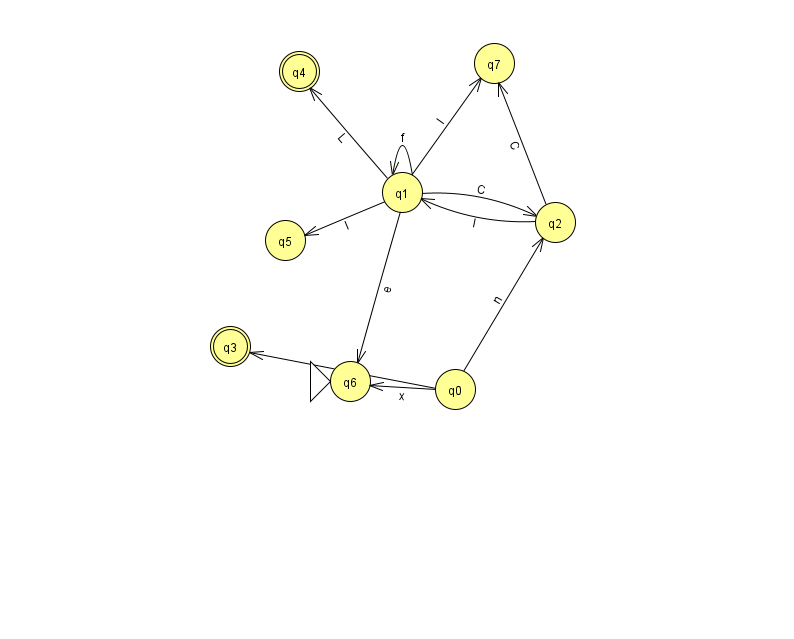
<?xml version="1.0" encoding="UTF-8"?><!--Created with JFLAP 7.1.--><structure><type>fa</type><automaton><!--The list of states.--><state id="0" name="q0"><x>455.0</x><y>376.0</y></state><state id="1" name="q1"><x>402.0</x><y>179.0</y></state><state id="2" name="q2"><x>555.0</x><y>209.0</y></state><state id="3" name="q3"><x>230.0</x><y>333.0</y><final/></state><state id="4" name="q4"><x>299.0</x><y>58.0</y><final/></state><state id="5" name="q5"><x>285.0</x><y>227.0</y></state><state id="6" name="q6"><x>350.0</x><y>368.0</y><initial/></state><state id="7" name="q7"><x>494.0</x><y>50.0</y></state><!--The list of transitions.--><transition><from>0</from><to>2</to><read>n</read></transition><transition><from>2</from><to>1</to><read>l</read></transition><transition><from>0</from><to>6</to><read>x</read></transition><transition><from>1</from><to>7</to><read>I</read></transition><transition><from>1</from><to>1</to><read>f</read></transition><transition><from>1</from><to>4</to><read>L</read></transition><transition><from>2</from><to>7</to><read>C</read></transition><transition><from>1</from><to>2</to><read>C</read></transition><transition><from>1</from><to>5</to><read>I</read></transition><transition><from>0</from><to>3</to><read>M</read></transition><transition><from>1</from><to>6</to><read>e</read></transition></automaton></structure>